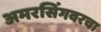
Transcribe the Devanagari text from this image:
अमरसिंगवरचा